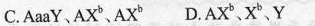
C.AaaY、AX^{b}、AX^{b} D.AX^{b}、X^{b}、Y